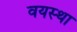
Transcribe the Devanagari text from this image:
वयस्था